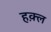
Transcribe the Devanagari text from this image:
हक़्ल